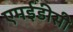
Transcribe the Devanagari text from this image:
एमईडीसी